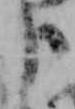
よ